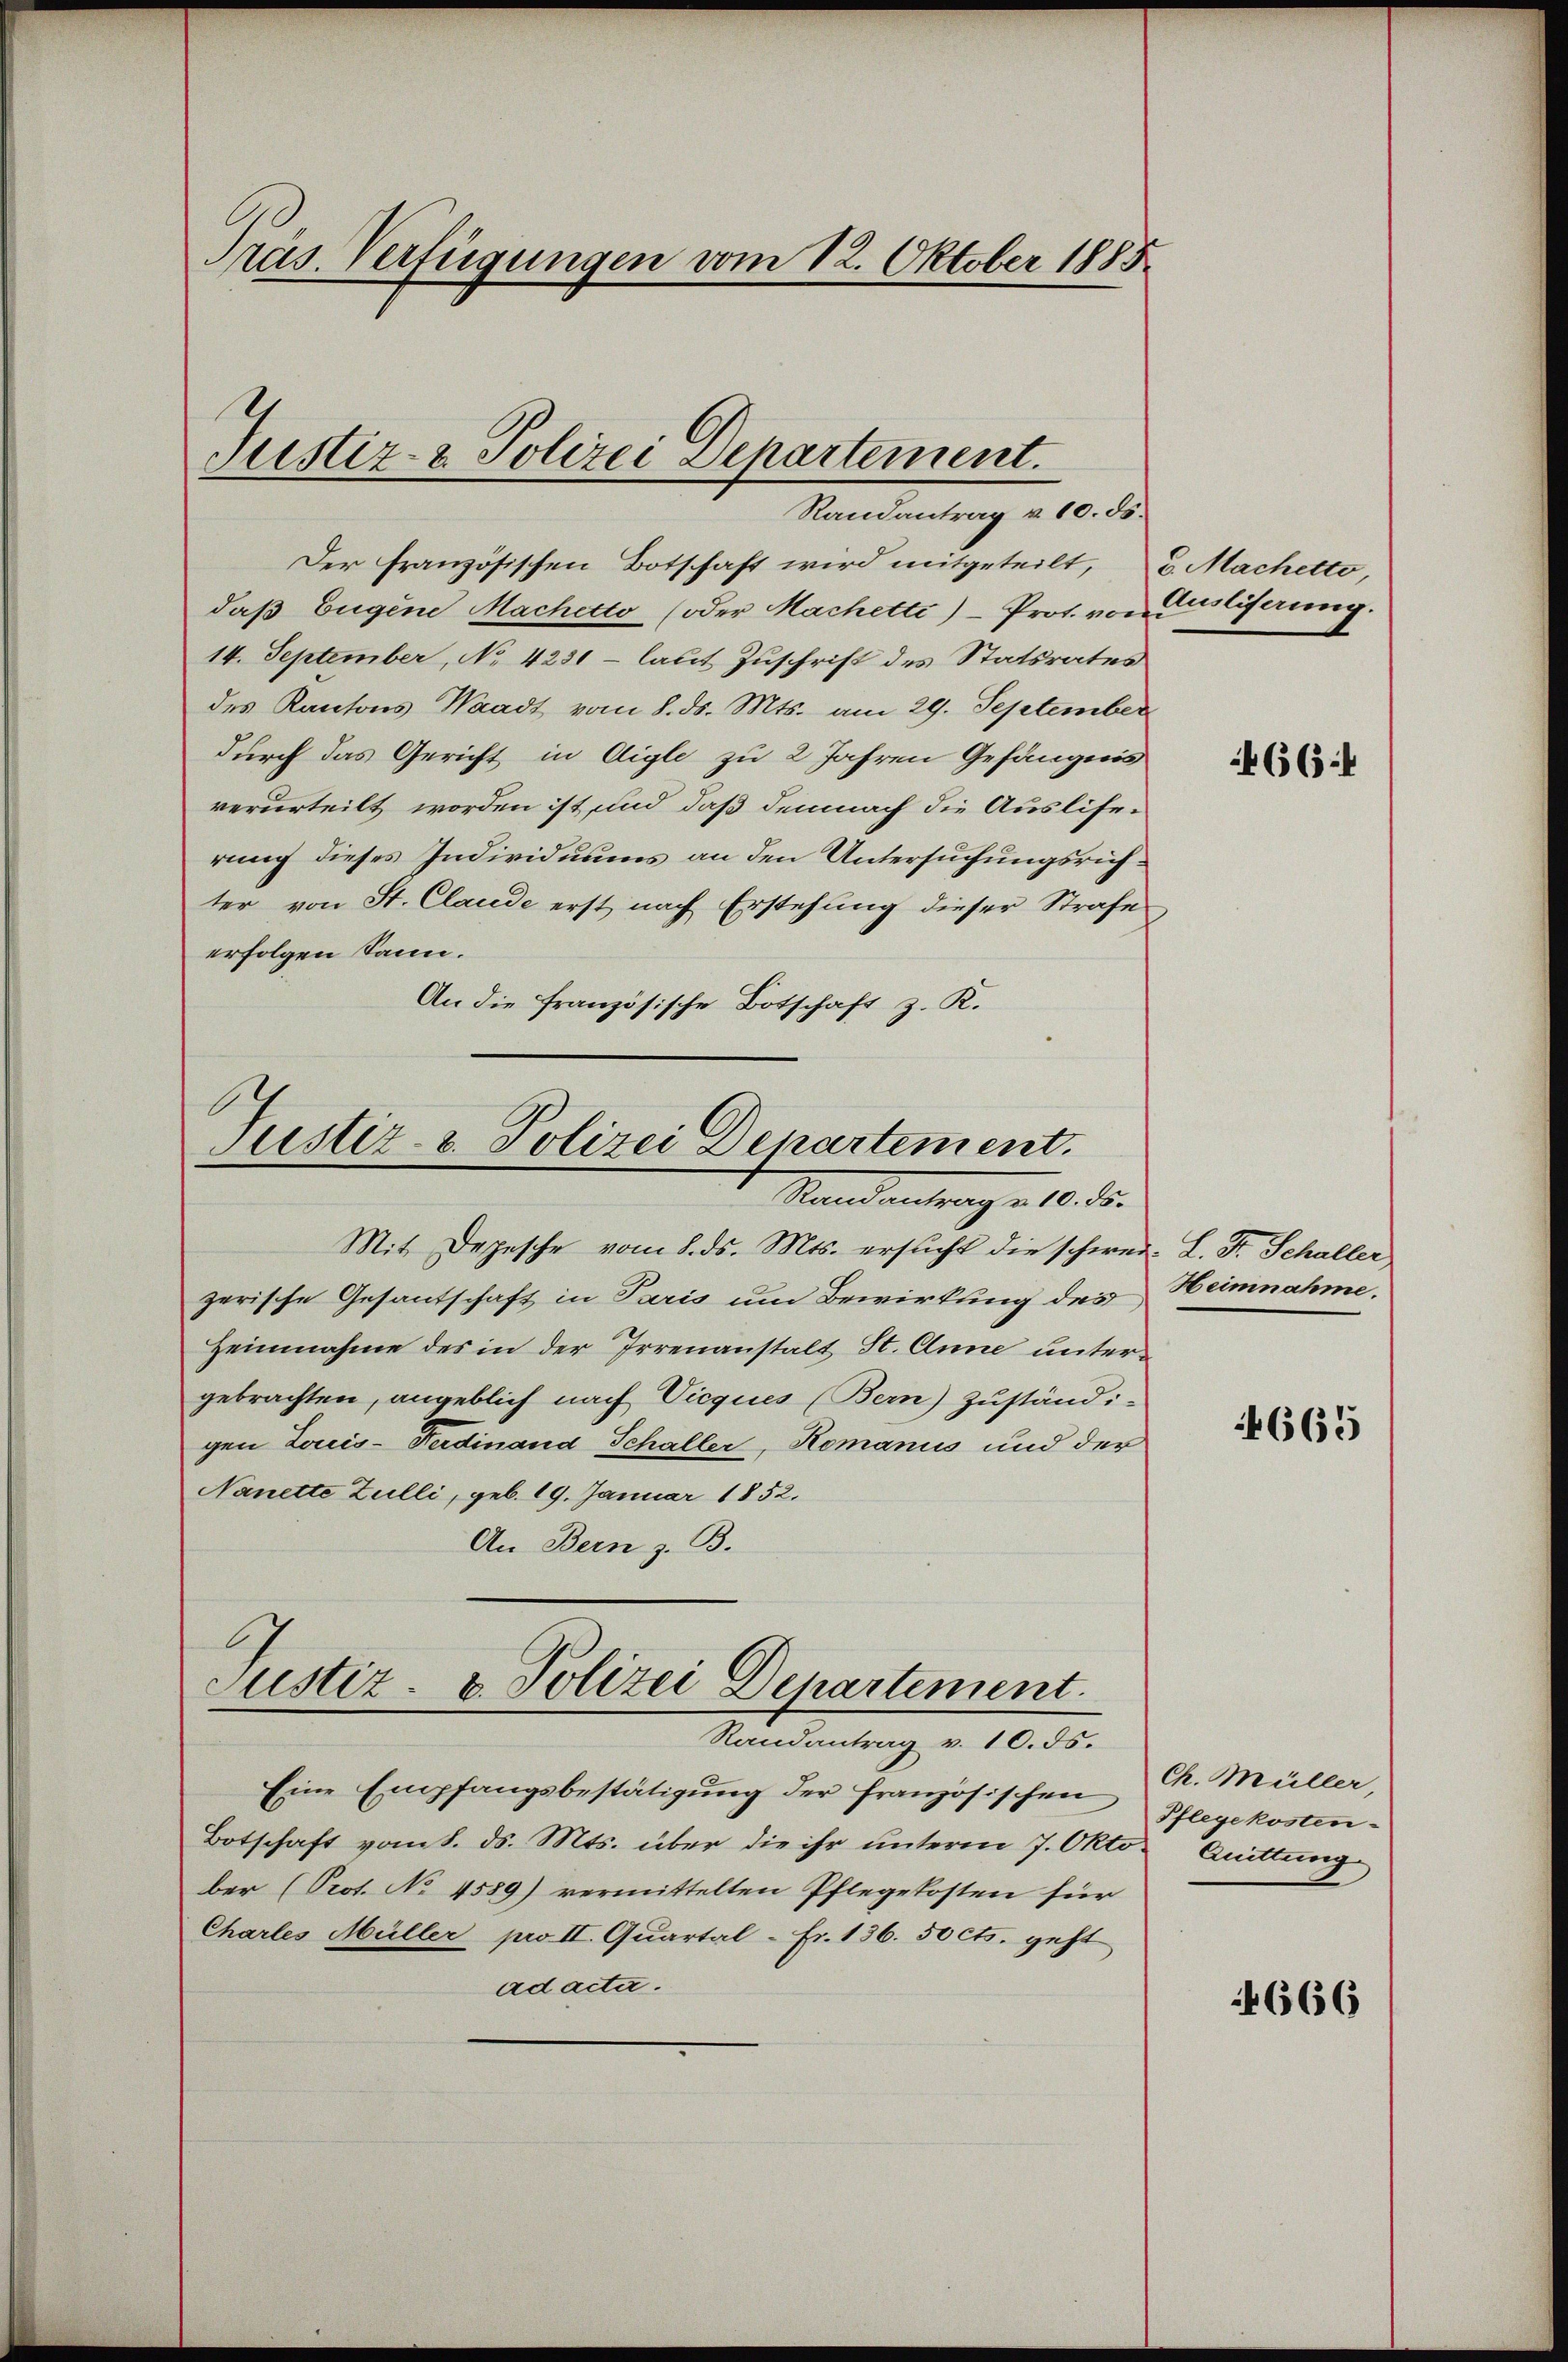
Präs. Verfügungen vom 12. Oktober 1885.

Der französischen Botschaft wird mitgeteilt, u. Machetto,
daß Eugene Machetto (oder Machetti)- Prot. von Gulferung.
14. September, No 4231 - laut Zuschrift des Statsrates
des Kantons Waadt vom 8. ds. Mts. am 29. September
durch das Gericht in Aigle zu 2 Jahren Gefängnis
verurteilt worden ist, und daß demnach die Ausliserung dieses Individuums an den Untersuchungsrichter von St. Claude erst nach Erstehung dieser Strafe
erfolgen kann.
An die französische Botschaft z. R.

Justiz- & Polizei Departement.
Randantrag v. 10. ds.

Justiz- & Polizei Departement.
Stand antrag . 10. d.

Justiz- u. Polizei Departement.
Randantrag v. 10. ds.

Mit Depesche vom 8. ds. Mts. ersucht die schwei- L. F. Schaller,
zerische Gesantschaft in Paris um Bewirkung des
Heinnahme des in der Irrenanstalt St. Anne untergebrachten, angeblich nach Vicques (Bern) Zuständi-
gen Louis-Ferdinand Schaller, Romanus und der
Nanette Zulli, geb. 19. Januar 1852.
An Bern z. B.

Eine Empfangsbestätigŭng der französischen
Botschaft vom 8. ds. Mts. über die ihr unterm 7. Okto. Quittung
ber (Prot. No 4589) vermittelten Pflegekosten für
Chartes Müller pro II. Quartal - Fr. 136. 50 cts. geht
ad acta.

664

Heimnahme.

4665

Ch. Müller,
Pflegekosten-

666